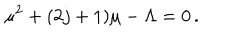
\mu ^ { 2 } + ( 2 j + 1 ) \mu - \Lambda = 0 \, .